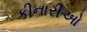
કીનારીઓ